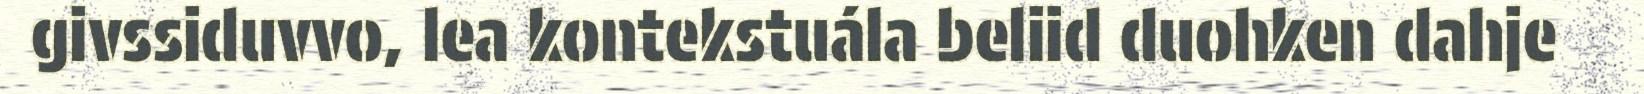
givssiduvvo, lea kontekstuála beliid duohken dahje